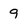
Character: 9